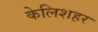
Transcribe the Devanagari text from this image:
केलिशहर